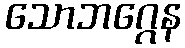
သောဘဂ္ဂေန